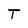
Character: T